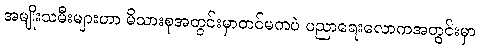
အမျိုးသမီးများဟာ မိသားစုအတွင်းမှာတင်မကပဲ ပညာရေးလောကအတွင်းမှာ